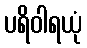
ပရိဝါရယုံ